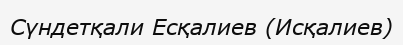
Сүндетқали Есқалиев (Исқалиев)